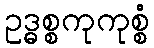
ဥဒ္ဓစ္စကုကုစ္စံ